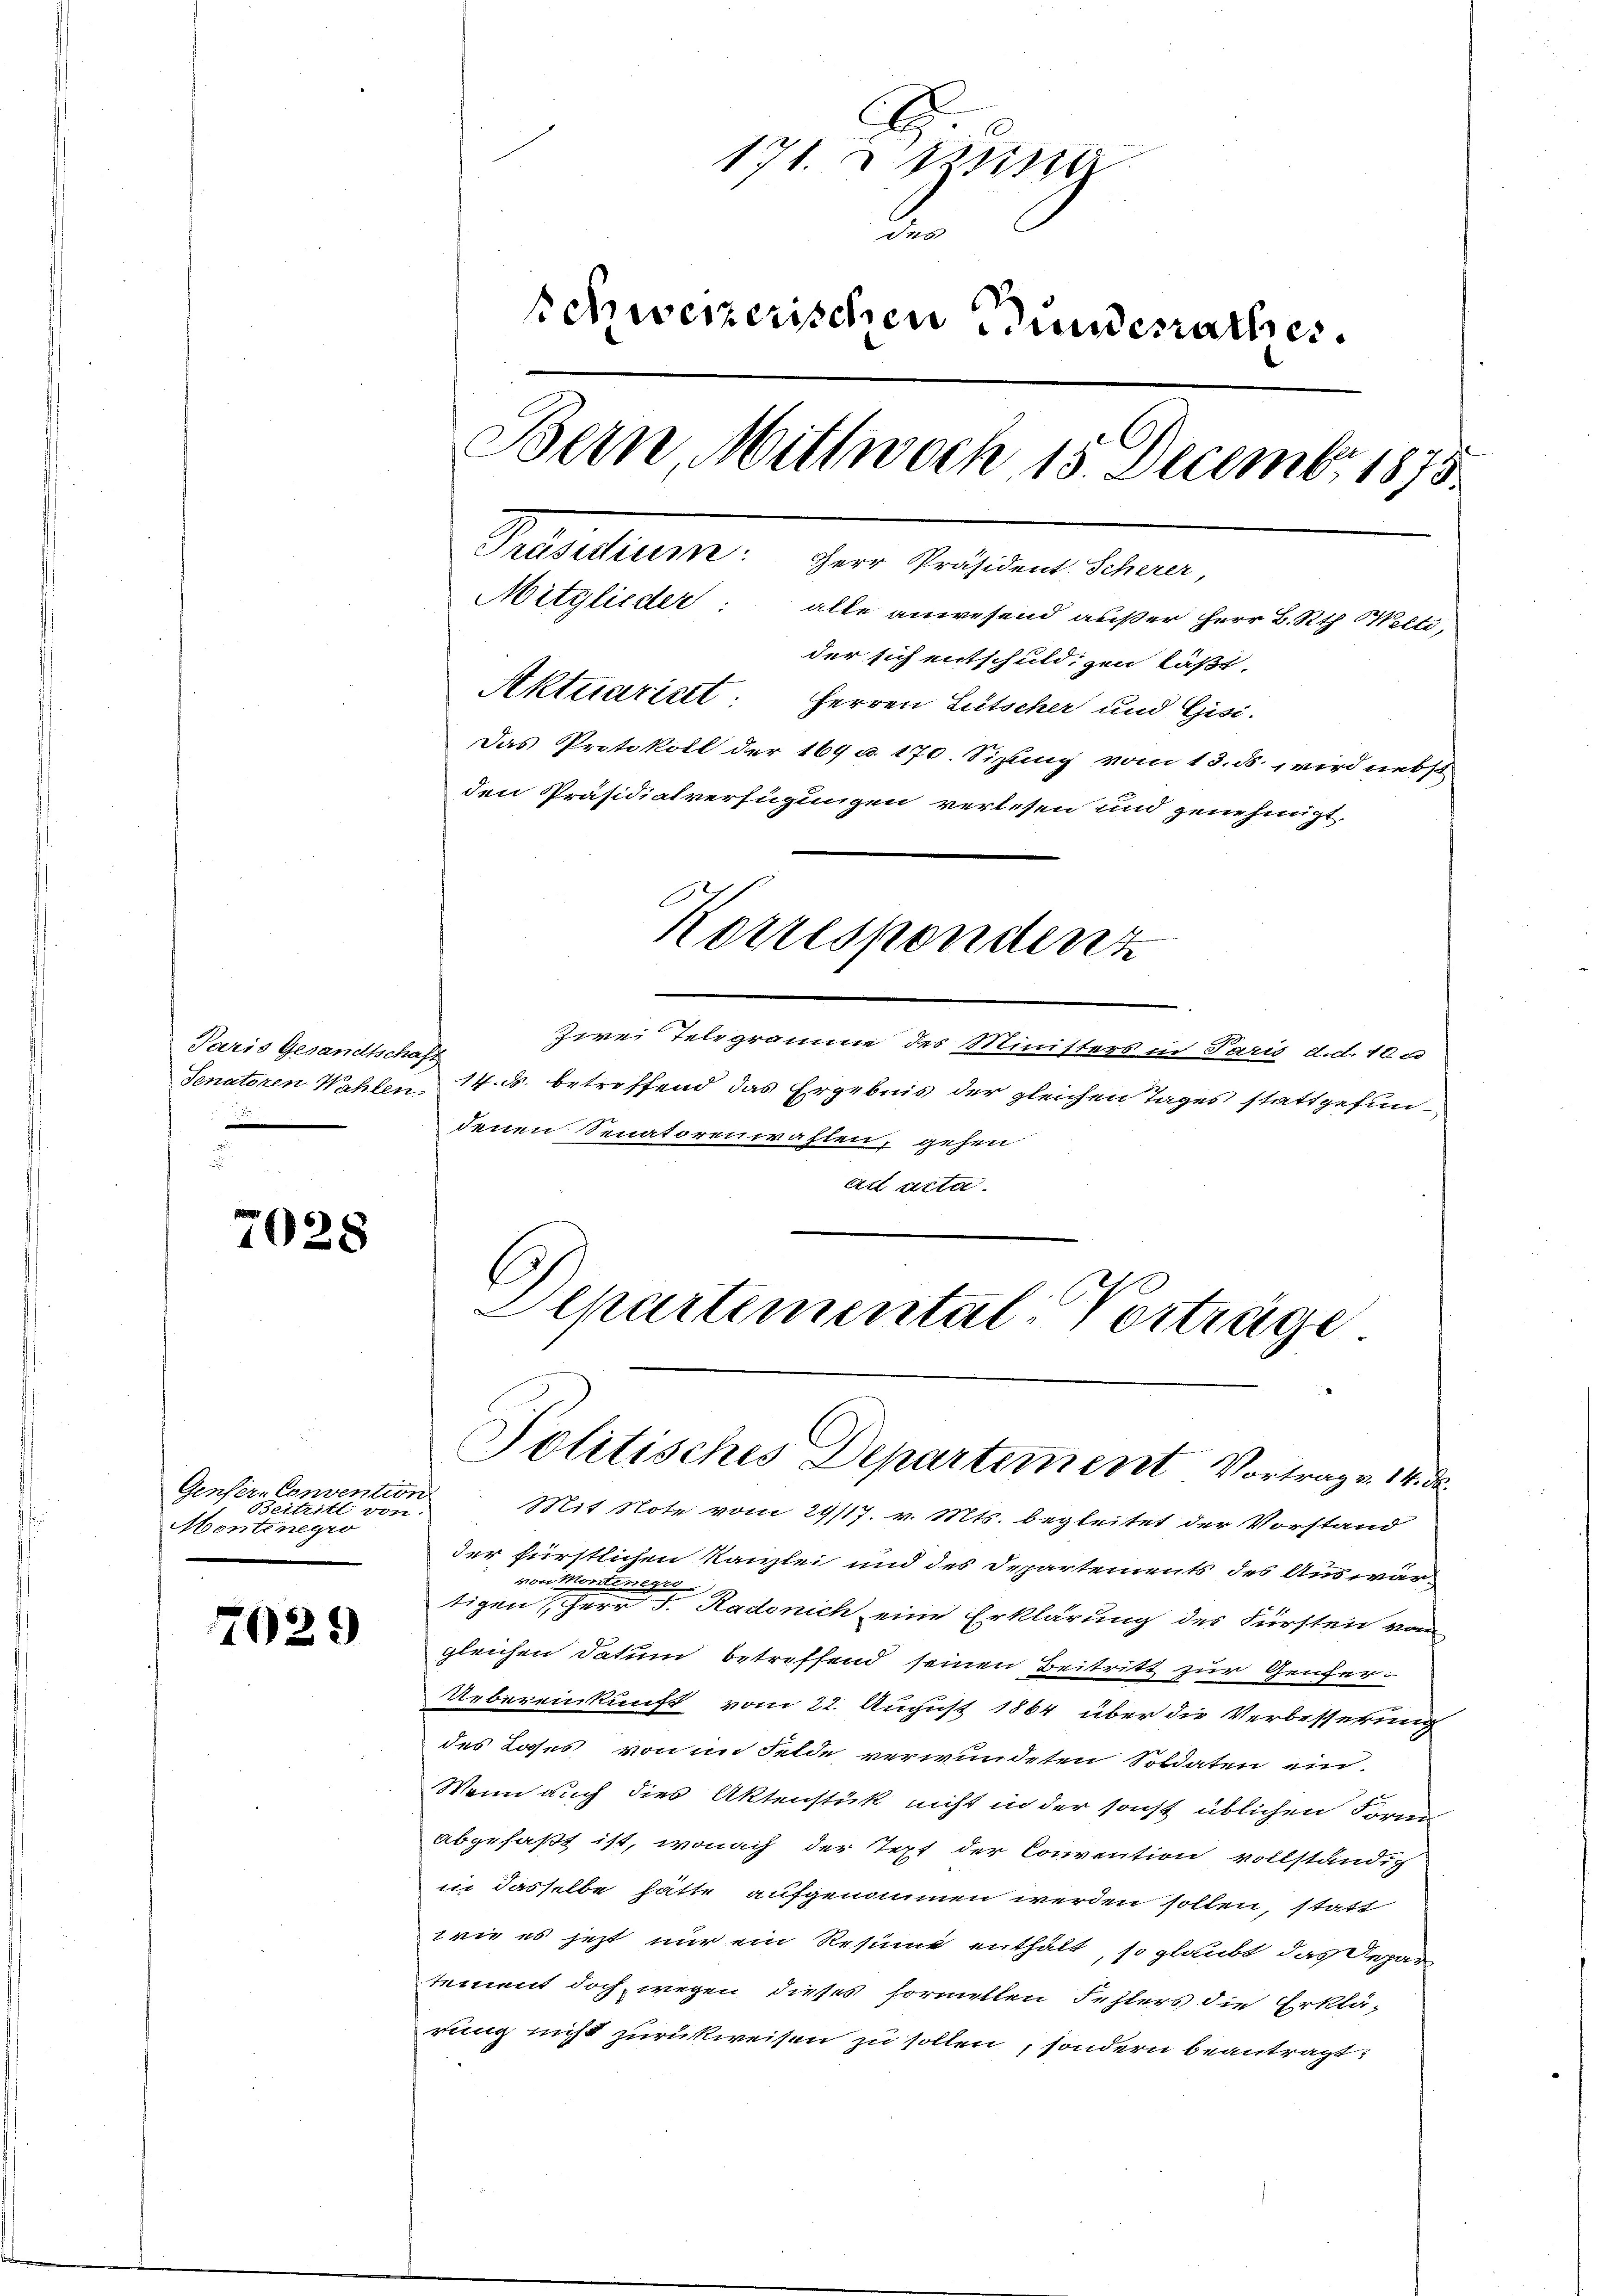
Paris Gesandtschaf

7028

Genfer-Convention
Beitritt von
Montinegro

7029

A
171. zwisc
2
schweizerischen Bunderathes.
Bern, Mittwoch 15. Decembr. 1875
H. Mart.
Mitglieder: alle anwesend außer Herr B. Rth. Welti,
der sich entschuldigen läßt.
Aktuarialt: Herren Litscher und Gisi-
Das Protokoll der 164 u. 170. Situng vom 13. ds. wird nebst
den Präsidialverfügungen verlesen und genehmigt.

Zwei Telegramme des Ministers in Paris d.d. 10 c
Senatoren Wahlen 14. ds. betreffend das Ergebnis der gleichen Tages stattgefundenen Senatorenwahlen, gehen
ad acta

Korrespondenz

C
Departemental-Vorträge
Politisches Departement Vortrag v. 14. de

Mit Note vom 29/17. v. Mts. begleitet der Vorstand
der fürstlichen Kanzlei und des Departements des Auswärvon Montenege
tigen Herr J. Kadenich eine Erklärung des Fürsten vom
gleichen Datum betreffend seinen Beitritt zur Genfer-
Uebereinkunft vom 22. August 1864 über die Verbesserung
des Loses von in Felde verwundeten Soldaten ein
Wenn auch dies Aktenstück nicht in der sonst üblichen Form
abgefaßt ist, wonach der Text der Convention vollständig
in dasselbe hätte aufgenommen werden sollen, statt
wie es jetzt nur ein Resunt enthält, so glaubt das Repar
tement doch wegen dieses formellen Fehlers die Erklärung nicht zurückweisen zu sollen, sondern beantragt,